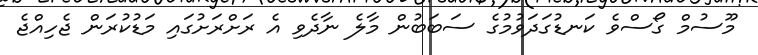
މޫސުމް ގޯސްވެ ކަނޑުގަދަވުމުގެ ސަބަބުން މާލެ ނާދެވި އެ ރަށްރަށުގައި މަޑުކުރަން ޖެހިއްޖެ